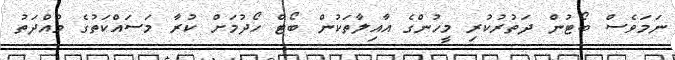
ނަމަވެސް ބޯޓުން ދަތުރުކުރި މީހުންގެ އާއިލާތަކުން ބޯޓް ހޯދުމަށް ކުރާ މަސައްކަތުގެ މުއްދަތު